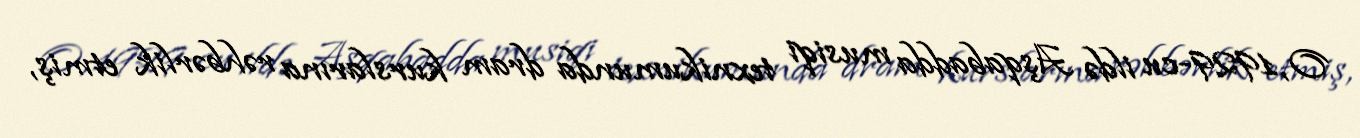
O, 1929-cu ildə Aşqabadda musiqi texnikumunda dram kurslarına rəhbərlik etmiş,